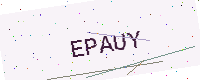
Text: EPAUY